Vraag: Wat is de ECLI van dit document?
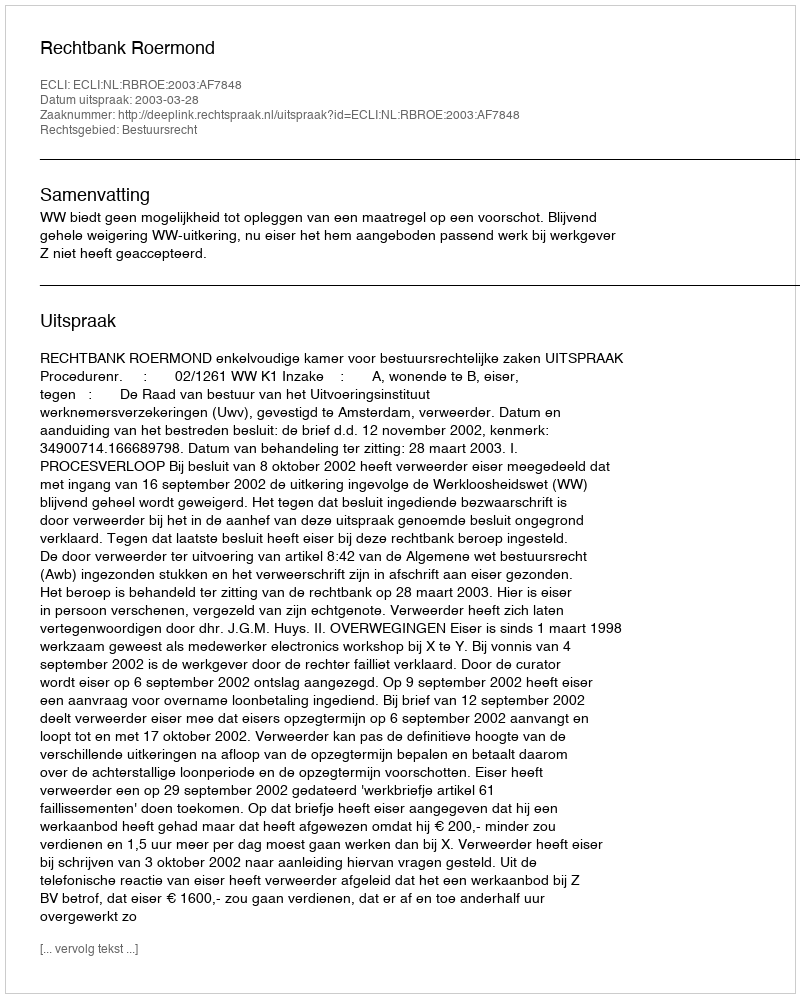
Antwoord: ECLI:NL:RBROE:2003:AF7848